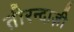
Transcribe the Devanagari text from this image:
तीरन्दाज़ी